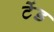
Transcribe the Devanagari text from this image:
टेंड